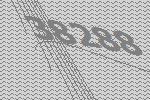
38288